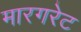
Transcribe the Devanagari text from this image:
मारगरेट